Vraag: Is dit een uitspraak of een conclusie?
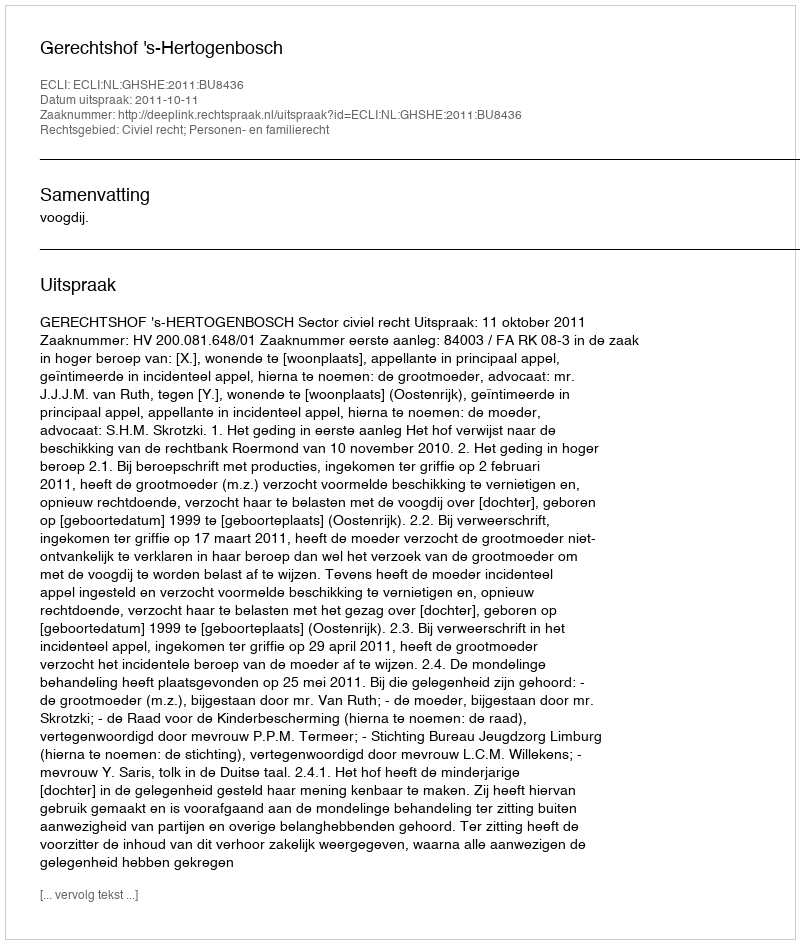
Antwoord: Uitspraak